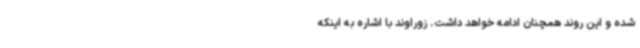
شده و این روند همچنان ادامه خواهد داشت. زوراوند با اشاره به اینکه